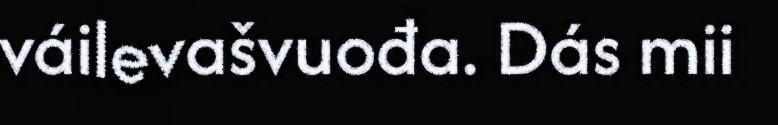
váilevašvuođa. Dás mii